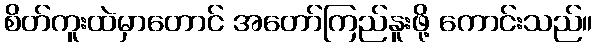
စိတ်ကူးထဲမှာတောင် အတော်ကြည်နူးဖို့ ကောင်းသည်။